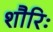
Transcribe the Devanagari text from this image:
शौरिः